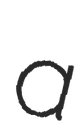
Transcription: a